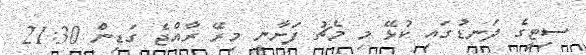
ސިޓީގެ ދަނޑުގައި ކުޅޭ މި މެޗު ފަށާނީ މިރޭ ރާއްޖެ ގަޑިން 21:30